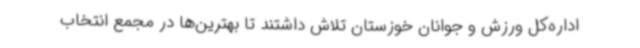
اداره‌کل ورزش و جوانان خوزستان تلاش داشتند تا بهترین‌ها در مجمع انتخاب